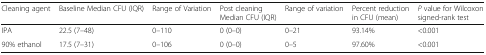
<table><thead><tr><td><b>Cleaning agent</b></td><td><b>Baseline Median CFU (IQR)</b></td><td><b>Range of Variation</b></td><td><b>Post cleaning Median CFU (IQR)</b></td><td><b>Range of variation</b></td><td><b>Percent reduction in CFU (mean)</b></td><td><b><i>P</i> value for Wilcoxon signed-rank test</b></td></tr></thead><tbody><tr><td>IPA</td><td>22.5 (7–48)</td><td>0–110</td><td>0 (0–0)</td><td>0–21</td><td>93.14%</td><td>&lt;0.001</td></tr><tr><td>90% ethanol</td><td>17.5 (7–31)</td><td>0–106</td><td>0 (0–0)</td><td>0–5</td><td>97.60%</td><td>&lt;0.001</td></tr></tbody></table>